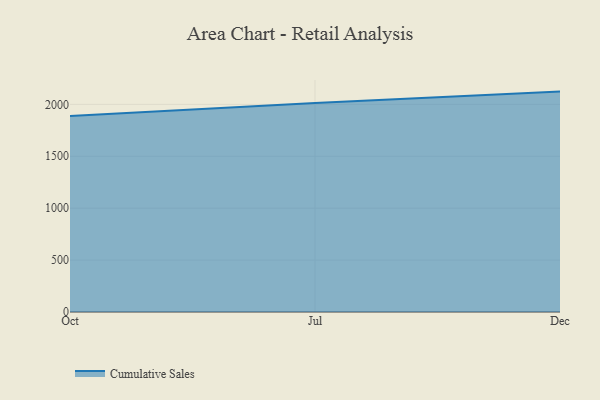
{"axis": {"x": "Month", "y": "Satisfaction Score"}, "legend": ["Cumulative Sales"], "data": [{"x": "Oct", "y": 1887.1, "type": "Cumulative Sales"}, {"x": "Jul", "y": 2013.7, "type": "Cumulative Sales"}, {"x": "Dec", "y": 2123.0, "type": "Cumulative Sales"}]}